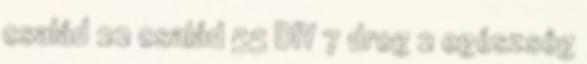
család 22 család 55 DIY 7 drog 2 egészség